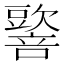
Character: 𡃠